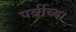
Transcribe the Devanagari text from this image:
पर्वीच्या